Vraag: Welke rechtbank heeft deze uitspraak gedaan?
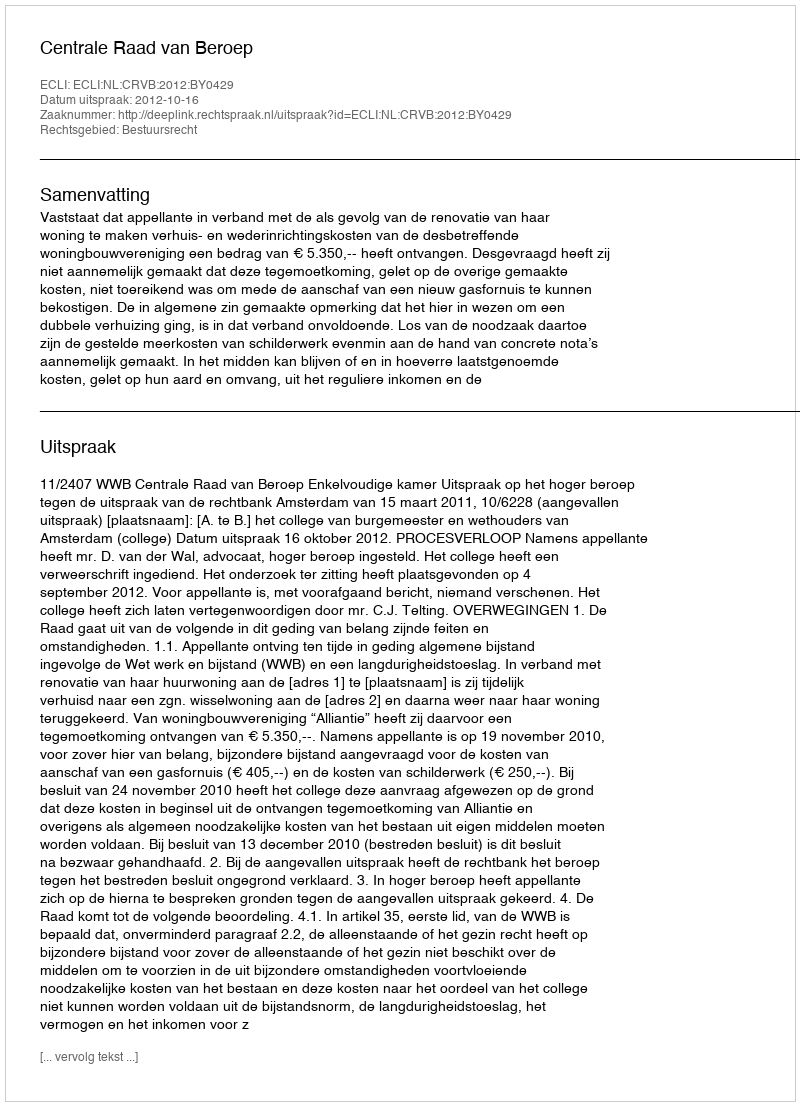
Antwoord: Centrale Raad van Beroep